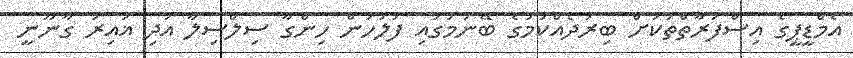
އެމްޑީޕީގެ އިސްފަރާތްތަކަށް ބިރުދެއްކުމުގެ ބޭނުމުގައި ފުލުހުން ހިންގާ ސިލްސިލާ އަދި ޣައިރު ގާނޫނީ